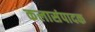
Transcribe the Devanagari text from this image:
कलासंपादक